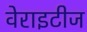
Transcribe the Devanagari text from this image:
वेराइटीज